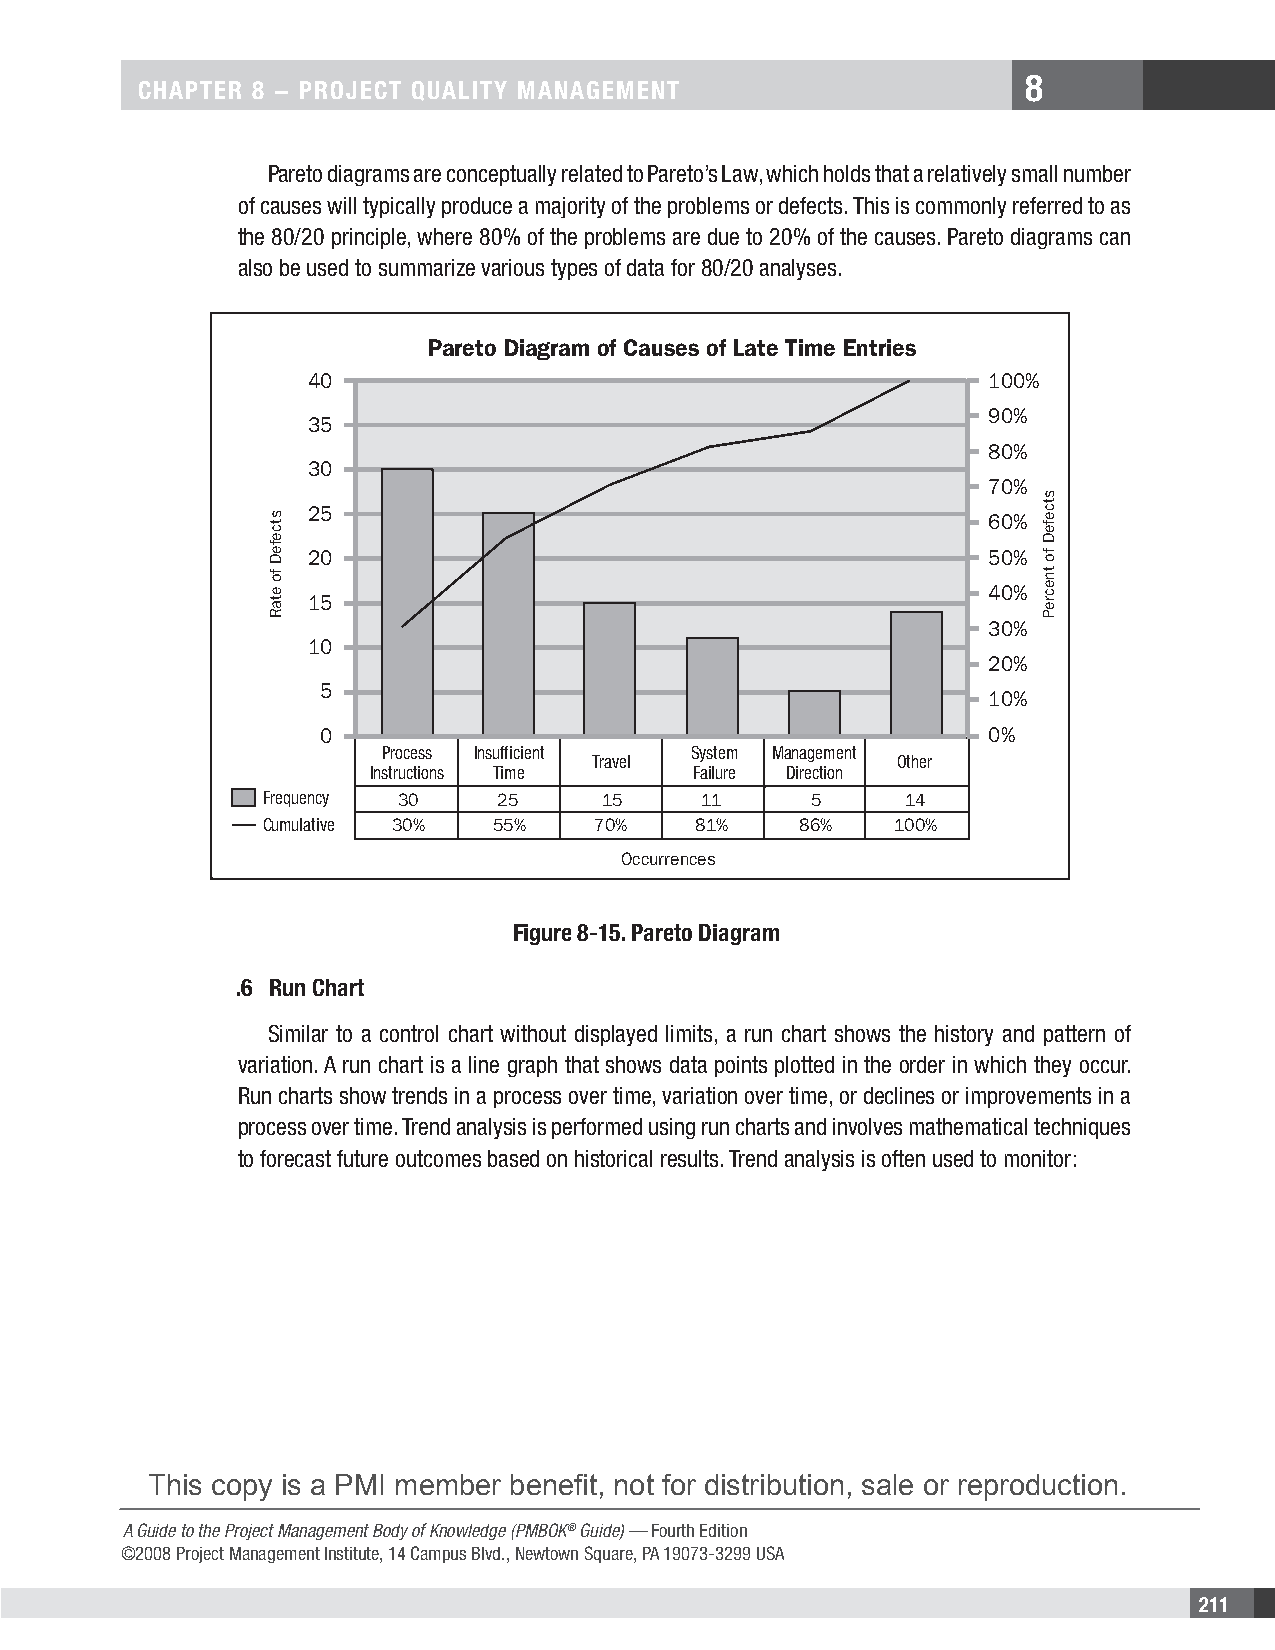
8
 CHAPTER 8 − PRojECT QuAliTy MAnAgEMEnT
 Pareto diagrams are conceptually related to Pareto’s Law, which holds that a relatively small number
 of causes will typically produce a majority of the problems or defects. This is commonly referred to as
 the 80/20 principle, where 80% of the problems are due to 20% of the causes. Pareto diagrams can
 also be used to summarize various types of data for 80/20 analyses.
 Pareto Diagram of Causes of Late Time Entries
 40                                           100%
 90%
 35
 80%
 30
 70%
 25
 60%
 20                                           50%
 40%
 15
 30%
 10
 20%
 5
 10%
 0                                            0%
 Process Insufficient System Management
 Travel               Other
 Instructions Time    Failure Direction
 Frequency 30   25     15     11     5     14
 Cumulative 30% 55%    70%   81%    86%   100%
 Occurrences
 Figure 8-15. Pareto Diagram
 A Guide to the Project Management Body of KnowledgeF (PiMgBuOrKe® G8ui-de1) 5– .F oPurathr Eedtitioon .D ©i2a0g08r Paromject Management Institute, Inc. All Rights Reserved.
 .6 Run Chart
 Similar to a control chart without displayed limits, a run chart shows the history and pattern of
 variation. A run chart is a line graph that shows data points plotted in the order in which they occur.
 Run charts show trends in a process over time, variation over time, or declines or improvements in a
 process over time. Trend analysis is performed using run charts and involves mathematical techniques
 to forecast future outcomes based on historical results. Trend analysis is often used to monitor:
 This copy is a PMI member benefit, not for distribution, sale or reproduction.
 A Guide to the Project Management Body of Knowledge (PMBOK® Guide) — Fourth Edition
 ©2008 Project Management Institute, 14 Campus Blvd., Newtown Square, PA 19073-3299 USA
 211
 stcefeD
 fo
 etaR
 stcefeD
 fo
 tnecreP